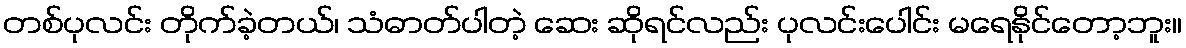
တစ်ပုလင်း တိုက်ခဲ့တယ်၊ သံဓာတ်ပါတဲ့ ဆေး ဆိုရင်လည်း ပုလင်းပေါင်း မရေနိုင်တော့ဘူး။